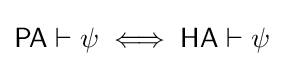
{\mathsf {PA}}\vdash \psi \iff {\mathsf {HA}}\vdash \psi